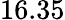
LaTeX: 16.35